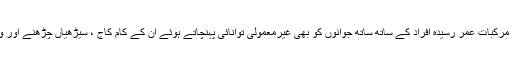
چقندر کے جوس میں موجود اہم مرکبات عمر رسیدہ افراد کے ساتھ ساتھ جوانوں کو بھی غیرمعمولی توانائی پہنچاتے ہوئے ان کے کام کاج ، سیڑھیاں چڑھنے اور ورزش میں مدد فراہم کرتے ہیں۔